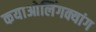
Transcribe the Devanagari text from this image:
कयाओलिंगक्यांग